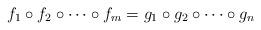
LaTeX: \begin{align*}f_1\circ f_2\circ \dots \circ f_m=g_1\circ g_2\circ \dots \circ g_n\end{align*}